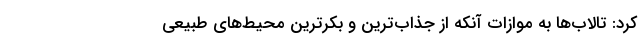
کرد: تالاب‌ها به موازات آنکه از جذاب‌ترین و بکرترین محیط‌های طبیعی